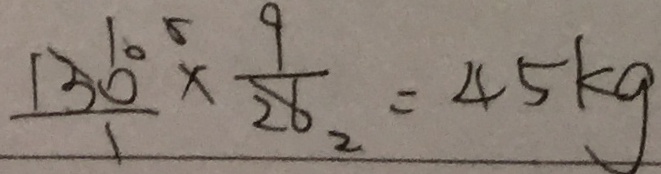
\frac { 1 3 6 0 ^ { 5 } } { 1 } \times \frac { 9 } { 2 8 _ { 2 } } = 4 5 k g